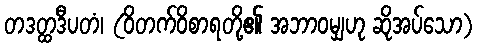
တဒတ္ထဒီပတံ၊ (ဝိတက်ဝိစာရတို့၏ အဘာဝမျှဟု ဆိုအပ်သော)